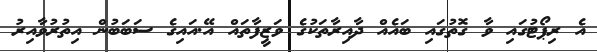
އެ ރިޕޯޓުގައި ވާ ގޮތުގައި ބައެއް ދާއިރާތަކުގެ ވަޒީފާތައް އޭ.އައިގެ ސަބަބުން އިތުރުވާއިރު